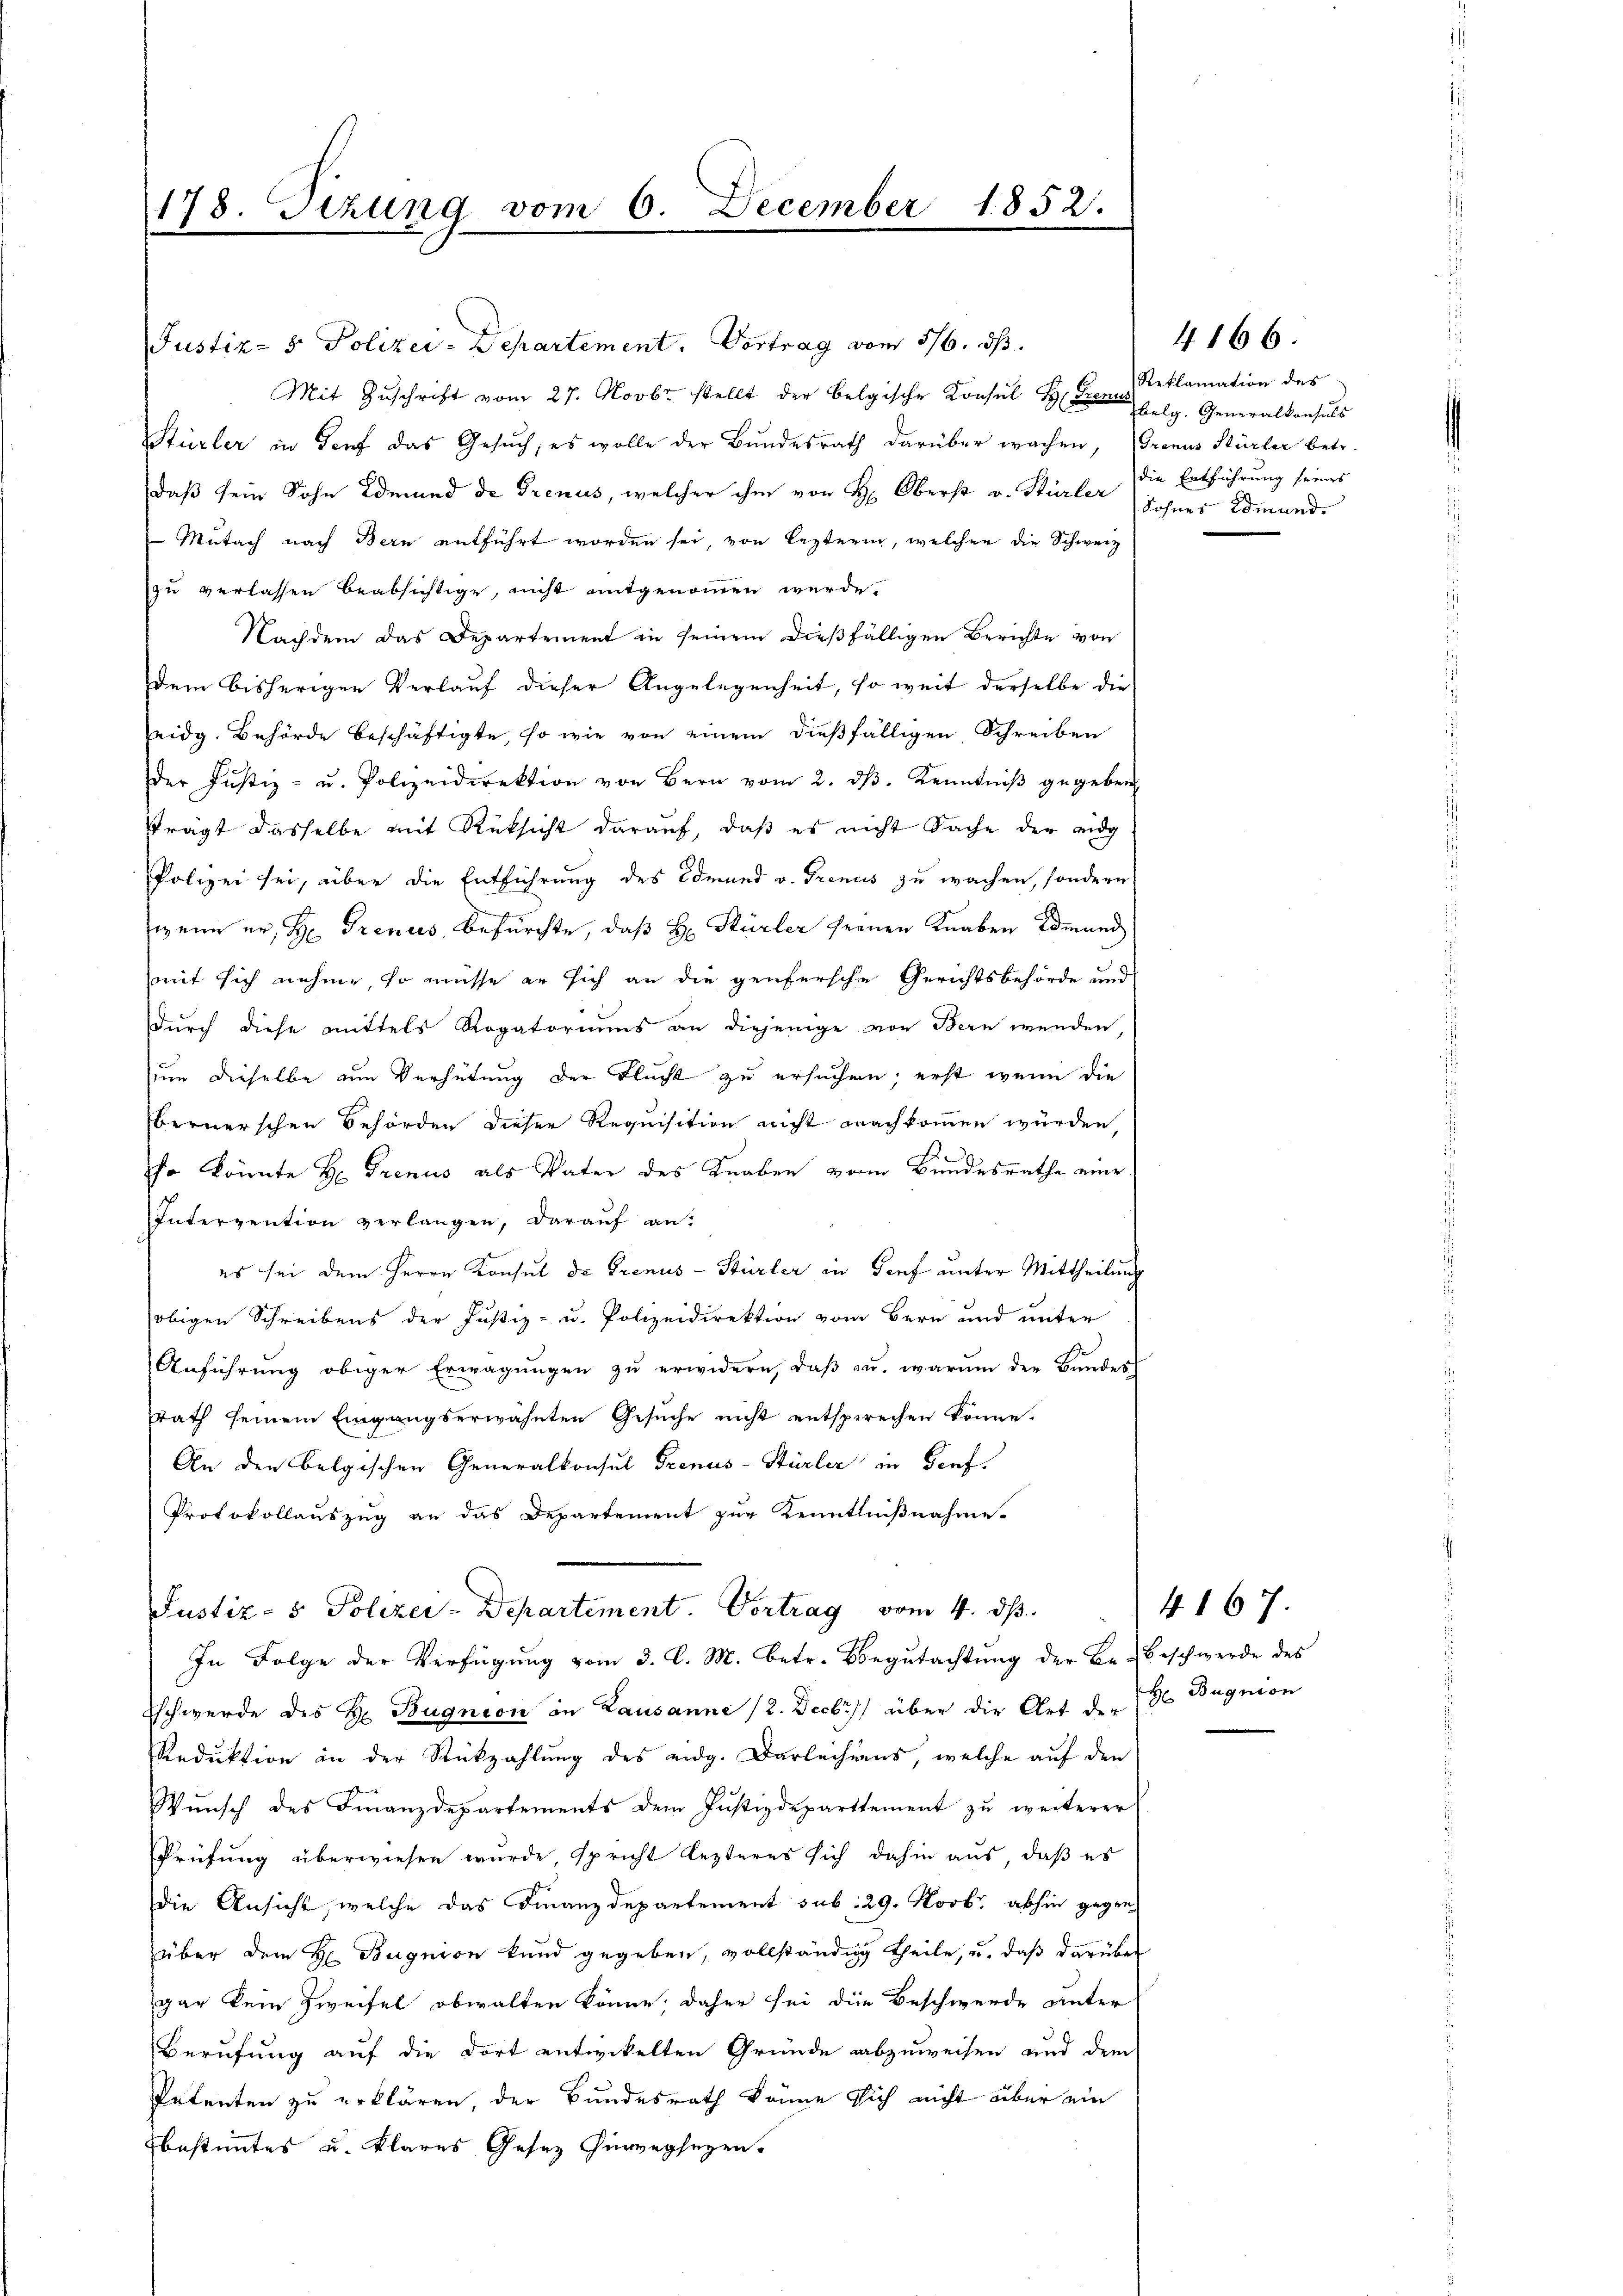
178. Sizung vom 6. December 1852.

Justiz- & Polizei-Departement. Vortrag vom 5/6. ds.
Mit Zŭschrift vom 27. Novbr. stellt der Belgische Konsul Helg. Generalkonsuls
Stürler in Genf das Gesuch, es wolle der Bundesrath darüber wachen, Gronus Stürler betr.
daß sein Sohn Edmund de Grenus, welcher ihm von H. Oberst v. Hürler Sohner Edmund¬
Mutach nach Bern entführt worden sei, von lezterin, welcher die Schweiz
zŭ verlassen beabsichtige, nicht mitgenommen werde.
Nachdem das Departement in seinem dießfälligen Berichte von
dem bisherigen Verlauf dieser Angelegenheit, so weit derselbe die
eidg. Behörde beschäftigte, so wie von einem dießfälligen Schreiben
der Justiz- u. Polizeidirektion von Bern vom 2. dβ. Kenntniβ gegeben
trägt dasselbe mit Rüksicht darauf, daß es nicht Sache der eidg
Polizei sei, über die Entführung des Odmund v. Trenis zu wachen, sondern
wenn er H. Treues, befürchte, daß H. Stürler seinen Knaben Edmund
mit sich nehme, so müsse er sich an die genfersche Gerichtsbehörde und
durch diese mittels Rogatoriums an diejenige von Bern wenden
Zum dieselbe um Verhütung der Flucht zu ersuchen; erst wenn die
bernerschen Behörden dieser Requisition nicht nachkommen würden,
hr könnte H. Trenus als Vater des Knaben vom Bundesrathe eine
Intervention verlangen, darauf an:
es sei dem Herrn Konsul de Grenus - Stürler in Genf unter Mittheilung
obigen Schreibens der Justiz- u. Polizeidirektion vom Bern und unter
Anführung obiger Erwägungen zu erwidern, daß u. warum der Bundes
rath seinem Eingangserwähnten Gesuche nicht entsprechen könne.
An den belgischen Generalkonsul Frenus-Stürler in Genf.
Protokollauszug an das Departement zur Kenntnißnahme.
Justiz- & Polizei-Departement. Vortrag vom 4. ds.
In Folge der Verfügŭng vom 3. l. M. betr. Begŭtachtŭng der Be-Beschwerde des
Eschwerde des Hr. Bugnion in Lausanne (2. Decbr.) über die Art der de Begnion
Reduktion in der Rückzahlung des eidg. Darlechnens, welche auf den
Wunsch des Finanzdepartements dem Justizdeparttement zu weiterer
Prüfung überwiesen wurde spricht lezteres sich dahin aus, daß es
die Ansicht, welche das Finanzdepartement sub. 29. Novbr. abhin gegen
über dem H Bugnion kund gegeben, vollständig theile, u. daß darüber
gar kein Zweifel obwalten könne; daher sei die Beschwerde unter
Berufung auf die dort entwickelten Gründe abzuweisen und dem
Petenten zu erklären, der Bundesrath könne sich nicht über ein
bestimmtes u. klares Gesez hinwegsezen.

Reklamation des
die Entführung seines

4166.

4167.